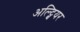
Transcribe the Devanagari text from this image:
अल्ट्बियर